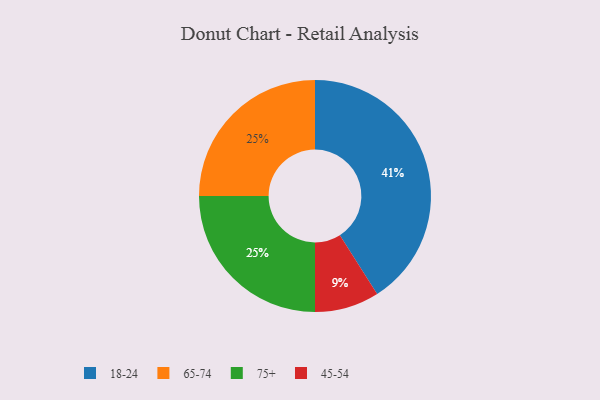
{"axis": {"x": "Category", "y": "Percentage"}, "legend": ["18-24", "45-54", "65-74", "75+"], "data": [{"x": "45-54", "y": 9, "type": "45-54"}, {"x": "65-74", "y": 25, "type": "65-74"}, {"x": "75+", "y": 25, "type": "75+"}, {"x": "18-24", "y": 41, "type": "18-24"}]}